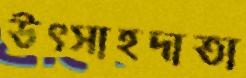
উৎসাহদাতা